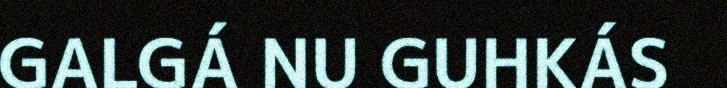
GALGÁ NU GUHKÁS